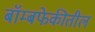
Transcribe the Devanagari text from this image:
बॉम्बफेकीतील